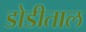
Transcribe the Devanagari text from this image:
डोडीताल